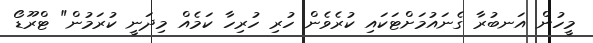
މީހުން އަނބުރާ ގެނައުމަށްޓަކައި ކުރެވެން ހުރި ހުރިހާ ކަމެއް މިދަނީ ކުރަމުން" ޓްރޫޑޯ